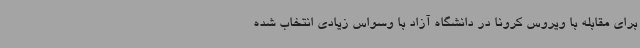
برای مقابله با ویروس کرونا در دانشگاه آزاد با وسواس زیادی انتخاب شده